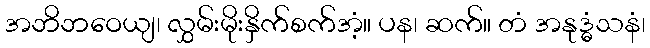
အဘိဘဝေယျ၊ လွှမ်းမိုးနှိက်စက်အံ့။ ပန၊ ဆက်။ တံ အနုဒ္ဓံသနံ၊